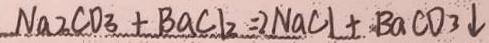
N a 2 C O _ { 3 } + B a C l _ { 2 } = 2 N a C l + B a C D _ { 3 } \downarrow